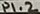
Text: P1.2